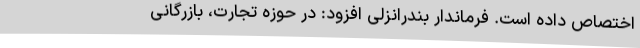
اختصاص داده است. فرماندار بندرانزلی افزود: در حوزه تجارت، بازرگانی